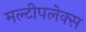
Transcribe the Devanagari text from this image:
मल्टीपलेक्स